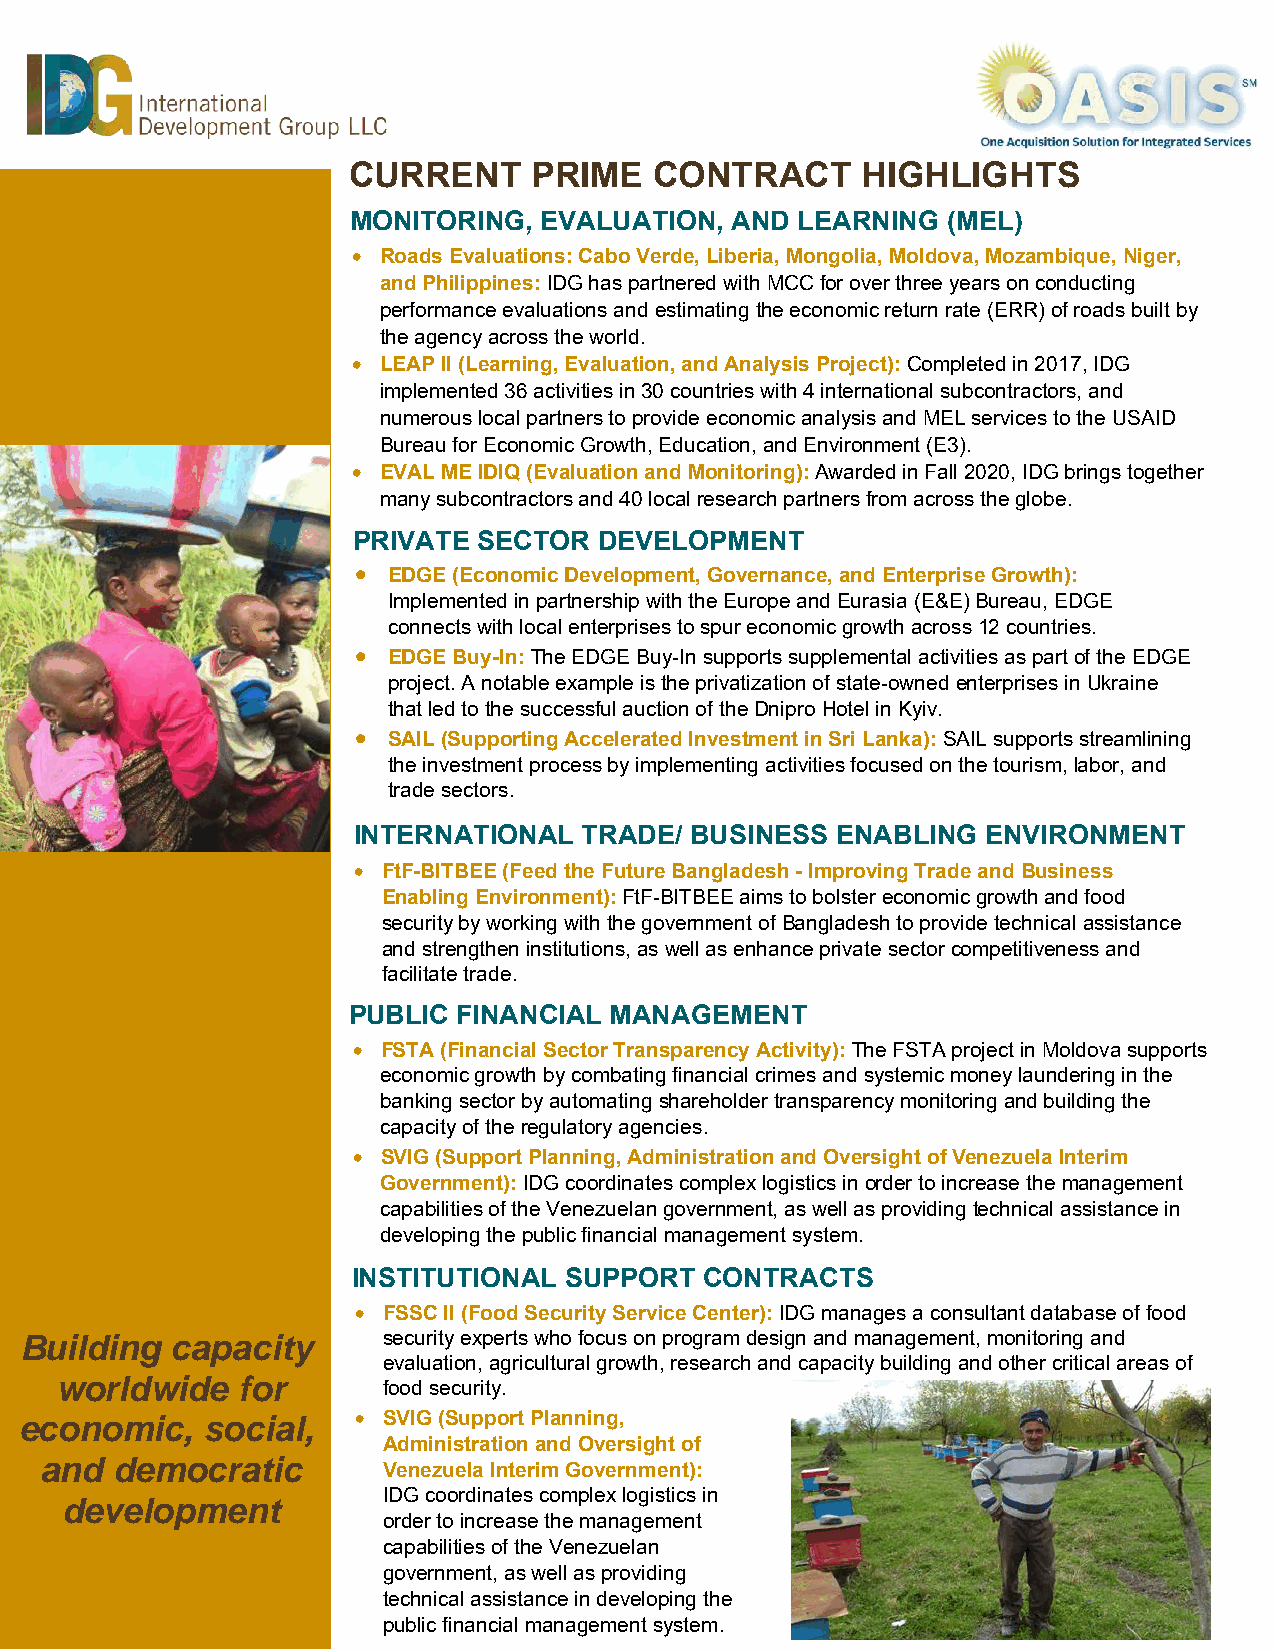
CURRENT     PRIME   CONTRACT      HIGHLIGHTS
 MONITORING,  EVALUATION, AND  LEARNING  (MEL)
 • Roads Evaluations: Cabo Verde, Liberia, Mongolia, Moldova, Mozambique, Niger,
 and Philippines: IDG has partnered with MCC for over three years on conducting
 performance evaluations and estimating the economic return rate (ERR) of roads built by
 the agency across the world.
 • LEAP II (Learning, Evaluation, and Analysis Project): Completed in 2017, IDG
 implemented 36 activities in 30 countries with 4 international subcontractors, and
 numerous local partners to provide economic analysis and MEL services to the USAID
 Bureau for Economic Growth, Education, and Environment (E3).
 • EVAL ME IDIQ (Evaluation and Monitoring): Awarded in Fall 2020, IDG brings together
 many subcontractors and 40 local research partners from across the globe.
 PRIVATE  SECTOR  DEVELOPMENT
 • EDGE (Economic Development, Governance, and Enterprise Growth):
 Implemented in partnership with the Europe and Eurasia (E&E) Bureau, EDGE
 connects with local enterprises to spur economic growth across 12 countries.
 • EDGE Buy-In: The EDGE Buy-In supports supplemental activities as part of the EDGE
 project. A notable example is the privatization of state-owned enterprises in Ukraine
 that led to the successful auction of the Dnipro Hotel in Kyiv.
 • SAIL (Supporting Accelerated Investment in Sri Lanka): SAIL supports streamlining
 the investment process by implementing activities focused on the tourism, labor, and
 trade sectors.
 INTERNATIONAL   TRADE/ BUSINESS ENABLING  ENVIRONMENT
 • FtF-BITBEE (Feed the Future Bangladesh - Improving Trade and Business
 Enabling Environment): FtF-BITBEE aims to bolster economic growth and food
 security by working with the government of Bangladesh to provide technical assistance
 and strengthen institutions, as well as enhance private sector competitiveness and
 facilitate trade.
 PUBLIC FINANCIAL MANAGEMENT
 • FSTA (Financial Sector Transparency Activity): The FSTA project in Moldova supports
 economic growth by combating financial crimes and systemic money laundering in the
 banking sector by automating shareholder transparency monitoring and building the
 capacity of the regulatory agencies.
 • SVIG (Support Planning, Administration and Oversight of Venezuela Interim
 Government): IDG coordinates complex logistics in order to increase the management
 capabilities of the Venezuelan government, as well as providing technical assistance in
 developing the public financial management system.
 INSTITUTIONAL SUPPORT   CONTRACTS
 • FSSC II (Food Security Service Center): IDG manages a consultant database of food
 Building  capacity      security experts who focus on program design and management, monitoring and
 evaluation, agricultural growth, research and capacity building and other critical areas of
 worldwide   for
 food security.
 economic,   social,    • SVIG (Support Planning,
 Administration and Oversight of
 and democratic
 Venezuela Interim Government):
 IDG coordinates complex logistics in
 development
 order to increase the management
 capabilities of the Venezuelan
 government, as well as providing
 technical assistance in developing the
 public financial management system.